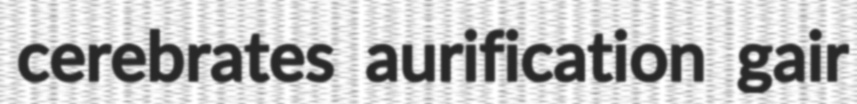
cerebrates aurification gair